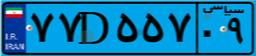
۷۷D۵۵۷۰۹